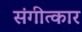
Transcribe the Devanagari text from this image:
संगीत्कार